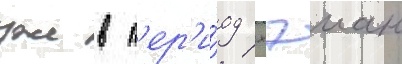
уже в п'ер'и́од хэиан